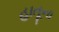
હાતૂના